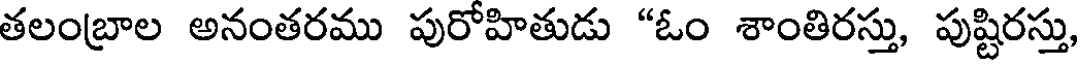
తలంబ్రాల అనంతరము పురోహితుడు "ఓం శాంతిరస్తు, పుష్టిరస్తు,